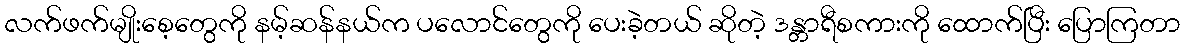
လက်ဖက်မျိုးစေ့တွေကို နမ့်ဆန်နယ်က ပလောင်တွေကို ပေးခဲ့တယ် ဆိုတဲ့ ဒန္တာရီစကားကို ထောက်ပြီး ပြောကြတာ